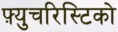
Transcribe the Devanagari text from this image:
फ़्युचरिस्टिको